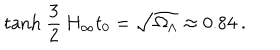
\mathrm { t a n h } \ \frac { 3 } { 2 } \, H _ { \infty } t _ { 0 } = \sqrt { \Omega _ { \Lambda } } \approx 0 . 8 4 \ .